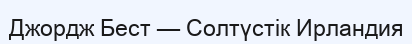
Джордж Бест — Солтүстік Ирландия